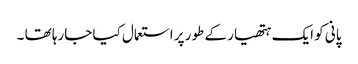
پانی کو ایک ہتھیار کے طور پر استعمال کیا جارہا تھا ۔